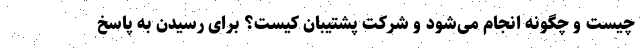
چیست و چگونه انجام می‌شود و شرکت پشتیبان کیست؟ برای رسیدن به پاسخ